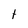
Character: t